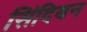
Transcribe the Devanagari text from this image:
सिंदिबन